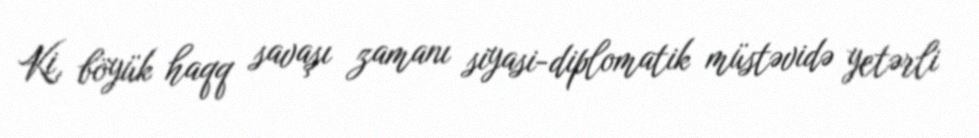
Ki, böyük haqq savaşı zamanı siyasi-diplomatik müstəvidə yetərli